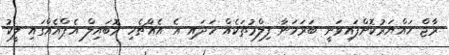
ރާޖް ހައްޔަރުކޮށްފައިވަނީ ބަރަހަނާ ފިލްމުތަކެއް ހަދައި އެ އެއްޗެހި މޮބައިލް އެޕްއެއްގައި ލީކު